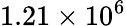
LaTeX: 1.21\times 10^{6}